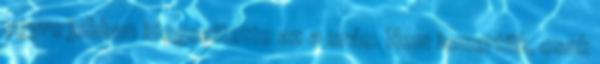
egyre jobban idegesítette az a srác. Nem ismertük, csak